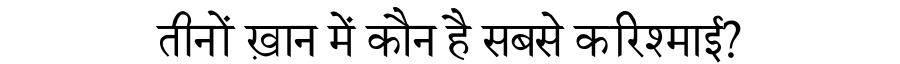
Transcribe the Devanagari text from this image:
तीनों ख़ान में कौन है सबसे करिश्माई?